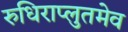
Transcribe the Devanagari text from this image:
रुधिराप्लुतमेव